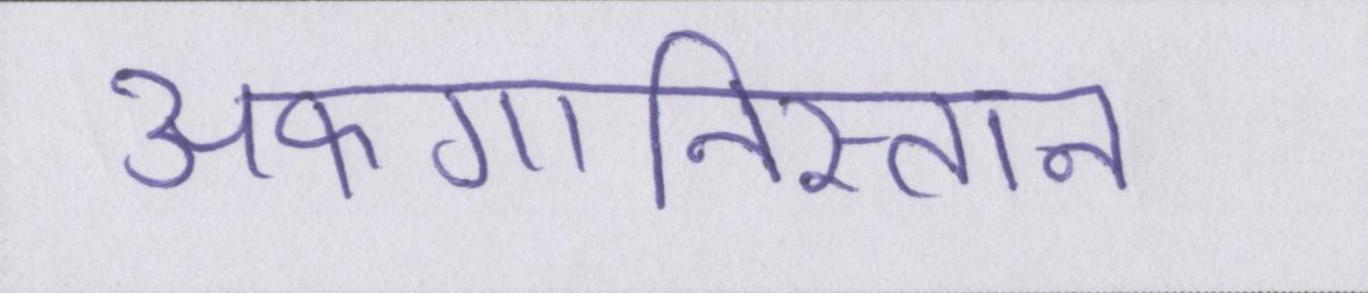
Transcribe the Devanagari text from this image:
अफगानिस्तान